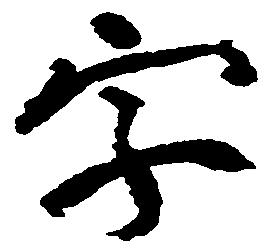
字